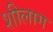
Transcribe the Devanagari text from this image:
शीलाग